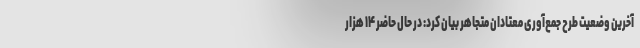
آخرین وضعیت طرح جمع‌آوری معتادان متجاهر بیان کرد: در حال حاضر ۱۴ هزار